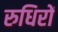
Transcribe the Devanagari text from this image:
रुधिरों